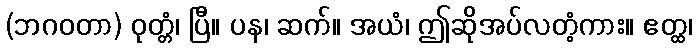
(ဘဂဝတာ) ဝုတ္တံ၊ ပြီ။ ပန၊ ဆက်။ အယံ၊ ဤဆိုအပ်လတံ့ကား။ ဧတ္ထ၊